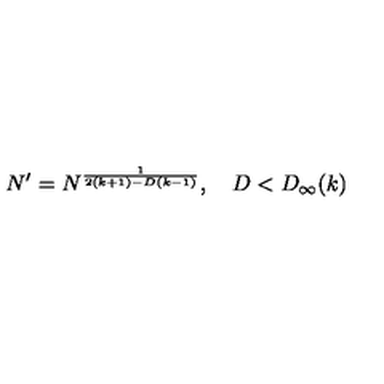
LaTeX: N ^ { \prime } = N ^ { \frac { 1 } { 2 ( k + 1 ) - D ( k - 1 ) } } , \quad D < D _ { \infty } ( k )